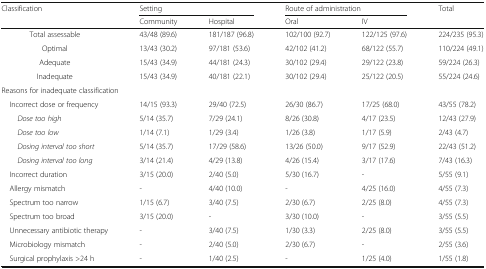
<table><thead><tr><td rowspan="2"><b>Classification</b></td><td colspan="2"><b>Setting</b></td><td colspan="2"><b>Route of administration</b></td><td><b>Total</b></td></tr><tr><td><b>Community</b></td><td><b>Hospital</b></td><td><b>Oral</b></td><td><b>IV</b></td><td></td></tr></thead><tbody><tr><td>Total assessable</td><td>43/48 (89.6)</td><td>181/187 (96.8)</td><td>102/100 (92.7)</td><td>122/125 (97.6)</td><td>224/235 (95.3)</td></tr><tr><td>Optimal</td><td>13/43 (30.2)</td><td>97/181 (53.6)</td><td>42/102 (41.2)</td><td>68/122 (55.7)</td><td>110/224 (49.1)</td></tr><tr><td>Adequate</td><td>15/43 (34.9)</td><td>44/181 (24.3)</td><td>30/102 (29.4)</td><td>29/122 (23.8)</td><td>59/224 (26.3)</td></tr><tr><td>Inadequate</td><td>15/43 (34.9)</td><td>40/181 (22.1)</td><td>30/102 (29.4)</td><td>25/122 (20.5)</td><td>55/224 (24.6)</td></tr><tr><td colspan="6">Reasons for inadequate classification</td></tr><tr><td> Incorrect dose or frequency</td><td>14/15 (93.3)</td><td>29/40 (72.5)</td><td>26/30 (86.7)</td><td>17/25 (68.0)</td><td>43/55 (78.2)</td></tr><tr><td><i>Dose too high</i></td><td>5/14 (35.7)</td><td>7/29 (24.1)</td><td>8/26 (30.8)</td><td>4/17 (23.5)</td><td>12/43 (27.9)</td></tr><tr><td><i>Dose too low</i></td><td>1/14 (7.1)</td><td>1/29 (3.4)</td><td>1/26 (3.8)</td><td>1/17 (5.9)</td><td>2/43 (4.7)</td></tr><tr><td><i>Dosing interval too short</i></td><td>5/14 (35.7)</td><td>17/29 (58.6)</td><td>13/26 (50.0)</td><td>9/17 (52.9)</td><td>22/43 (51.2)</td></tr><tr><td><i>Dosing interval too long</i></td><td>3/14 (21.4)</td><td>4/29 (13.8)</td><td>4/26 (15.4)</td><td>3/17 (17.6)</td><td>7/43 (16.3)</td></tr><tr><td> Incorrect duration</td><td>3/15 (20.0)</td><td>2/40 (5.0)</td><td>5/30 (16.7)</td><td>-</td><td>5/55 (9.1)</td></tr><tr><td> Allergy mismatch</td><td>-</td><td>4/40 (10.0)</td><td>-</td><td>4/25 (16.0)</td><td>4/55 (7.3)</td></tr><tr><td> Spectrum too narrow</td><td>1/15 (6.7)</td><td>3/40 (7.5)</td><td>2/30 (6.7)</td><td>2/25 (8.0)</td><td>4/55 (7.3)</td></tr><tr><td> Spectrum too broad</td><td>3/15 (20.0)</td><td>-</td><td>3/30 (10.0)</td><td>-</td><td>3/55 (5.5)</td></tr><tr><td> Unnecessary antibiotic therapy</td><td>-</td><td>3/40 (7.5)</td><td>1/30 (3.3)</td><td>2/25 (8.0)</td><td>3/55 (5.5)</td></tr><tr><td> Microbiology mismatch</td><td>-</td><td>2/40 (5.0)</td><td>2/30 (6.7)</td><td>-</td><td>2/55 (3.6)</td></tr><tr><td> Surgical prophylaxis &gt;24 h</td><td>-</td><td>1/40 (2.5)</td><td>-</td><td>1/25 (4.0)</td><td>1/55 (1.8)</td></tr></tbody></table>